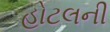
હોટલની